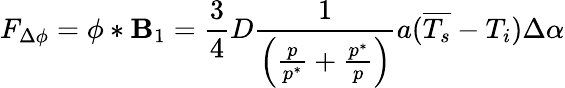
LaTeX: F_{\Delta\phi}=\phi*\mathbf{B}_{1}=\frac{{3}}{{4}}D\frac{{1}}{{\left(\frac{{p}}{{p^{*}}}+\frac{{p^{*}}}{{p}}\right)}}a(\overline{{{T_{s}}}}-T_{i})\Delta\alpha